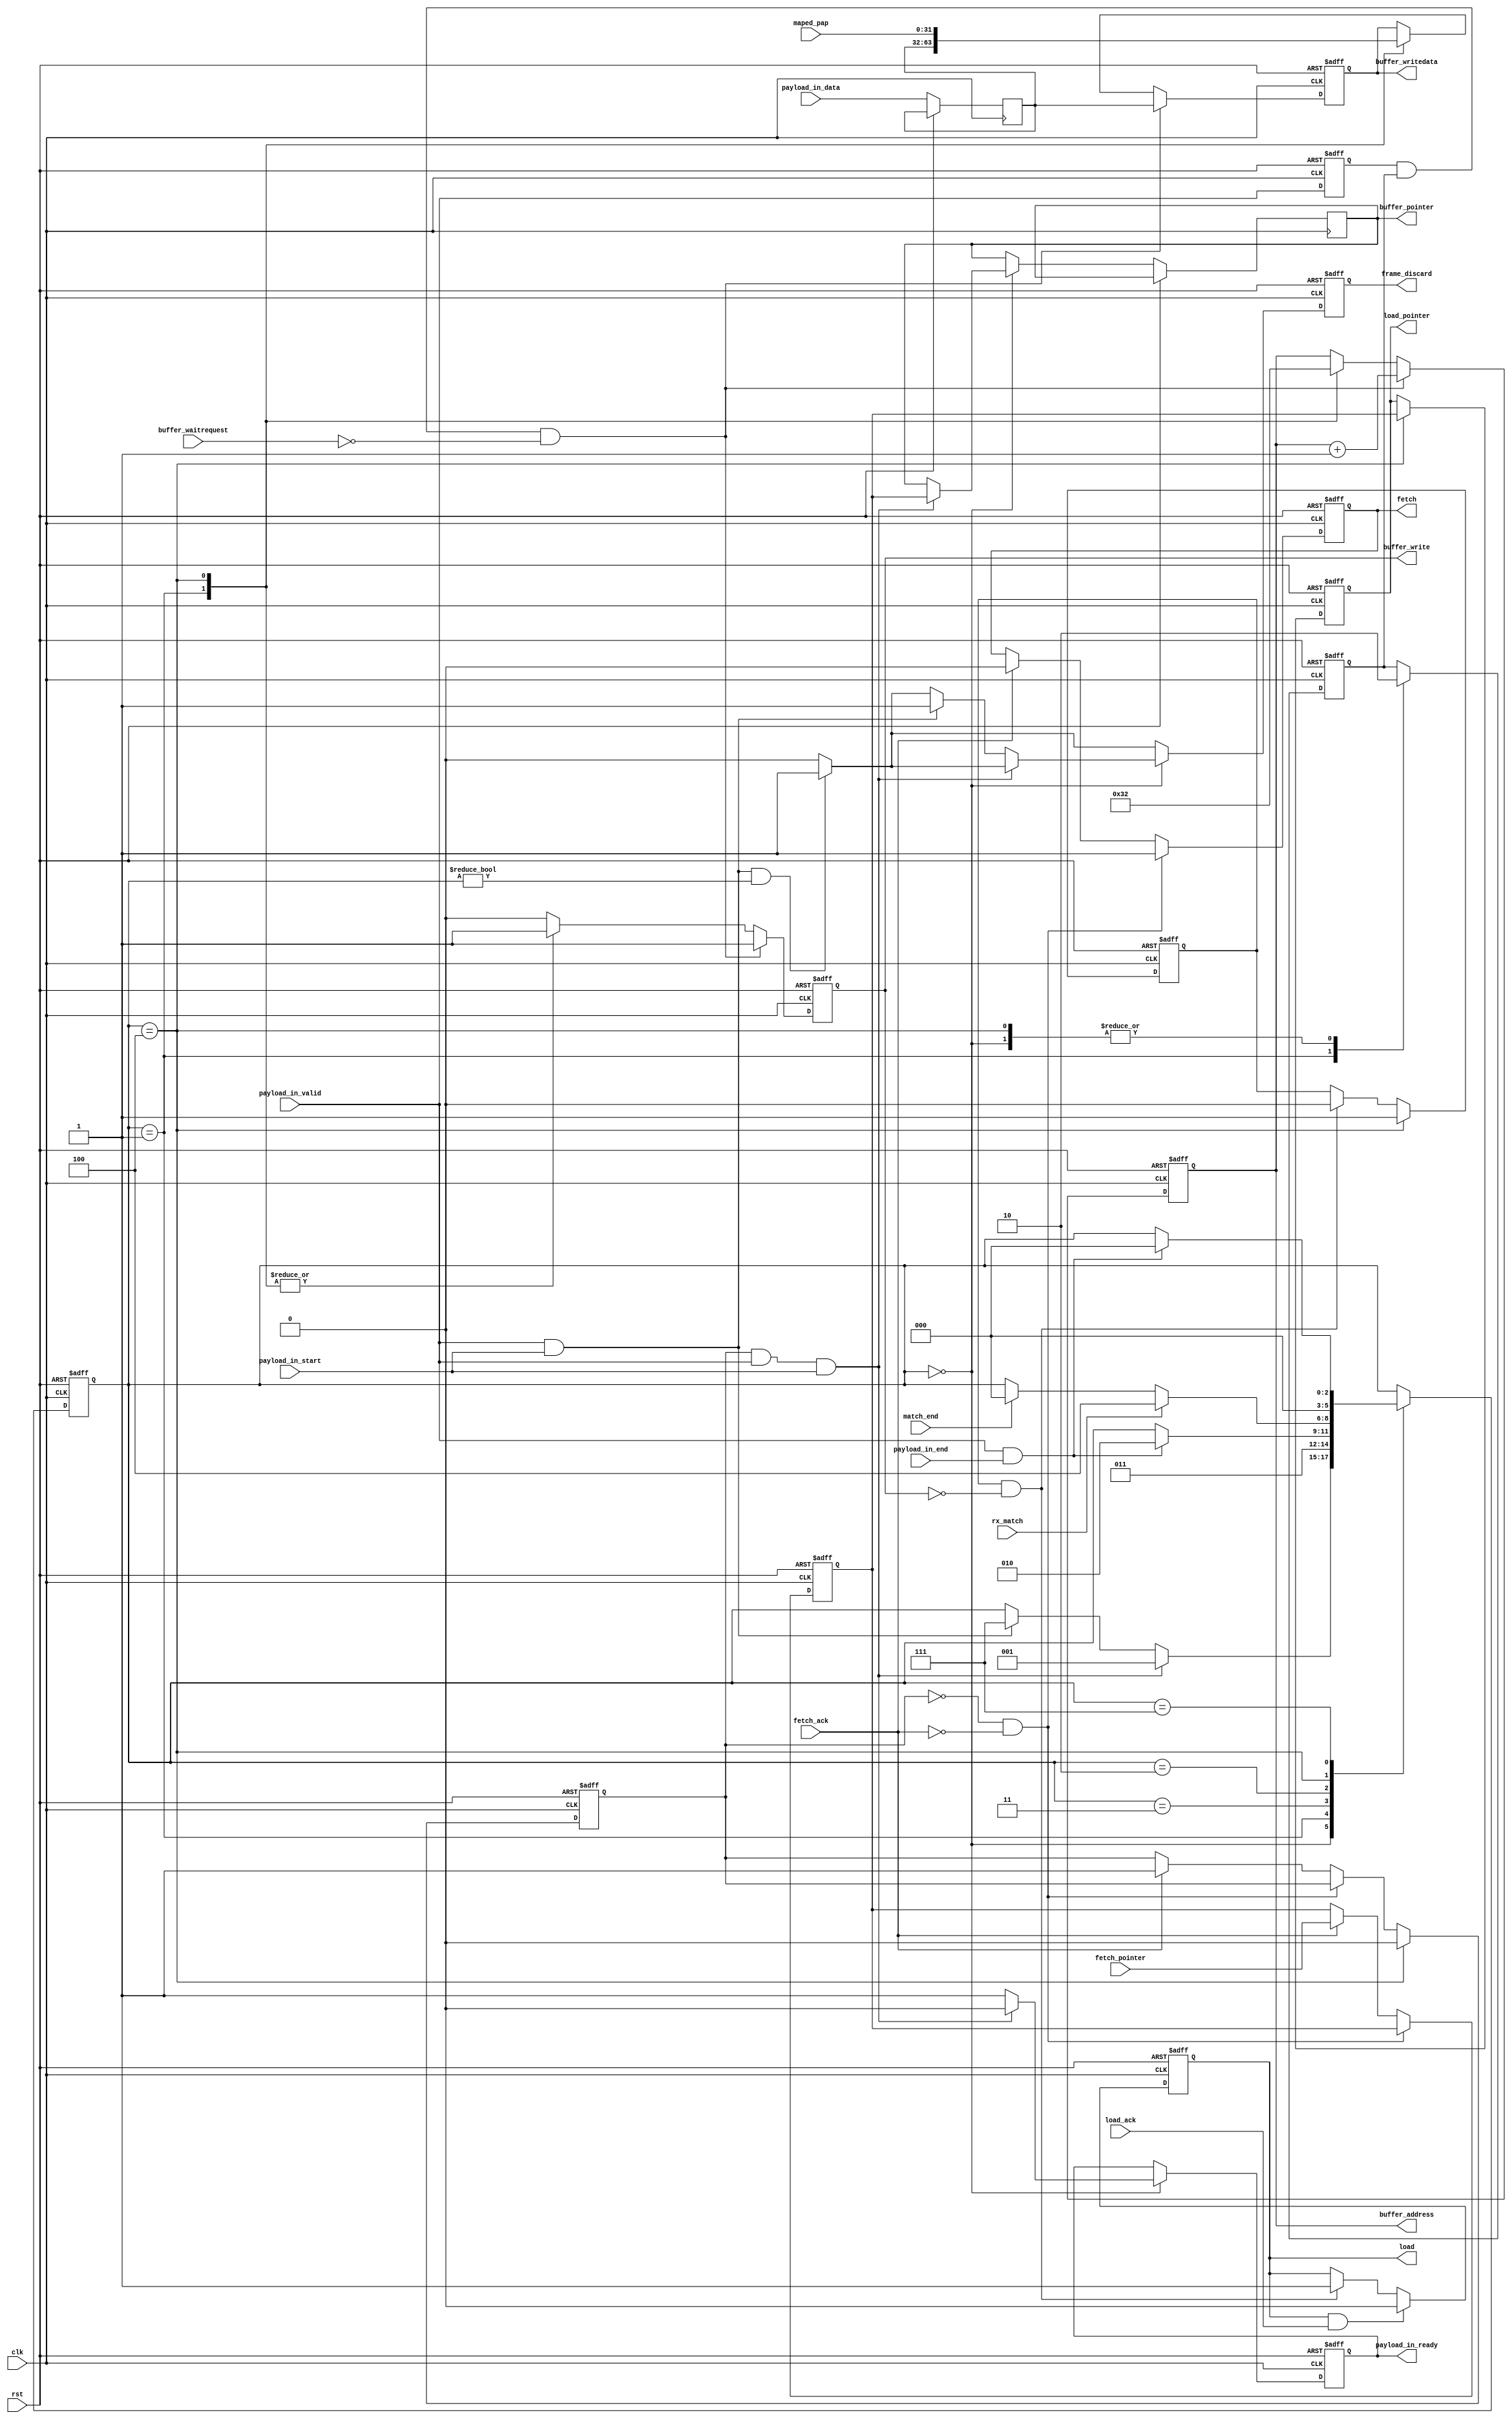
//--------------------------------------------------------------------------------------------------
// (c)2010 CTI Corporation. All rights reserved.

//--------------------------------------------------------------------------------------------------
//--------------------------------------------------------------------------------------------------
//--------------------------------------------------------------------------------------------------
//
// Control function for packet reception.
//
// 1. Fetch pointer to free location in frame buffer
// 2. Receive packet (8-bit) and write to frame buffer (32-bit)
// 3. Check match status at end of packet. If not matched, return to 2 (packet is discarded)
// 4. Write packet status (channel, length, timestamp etc) to frame buffer status words
// 5. Queue pointer to appropriate queue. Return to 1
//
// Packets received when no pointers are available are discarded (and counted).
//
// The match result must be valid before payload_in_end is seen. If rx_match is low when payload_in_end is asserted
// then the packet will be discarded.
//
//--------------------------------------------------------------------------------------------------
module udp_ts_rx_dma #(
  //parameter P_PORT_IDX_WIDTH          = 8,
  parameter P_POINTER_WIDTH             = 2,          // Width of pointer signal
  parameter P_BUFFER_ADDRESS_BITS       = 8,
 // parameter P_BIG_ENDIAN              = 0,          // Set to 1 for big endian host access to frame buffer
//  parameter P_RECORD_TIMESTAMP        = 1'b1,       // Assert to record timestamp for start of frame reception
  parameter P_BUFFER_PARAMETER_WORD     = 50        // Location in buffer of frame parameter data
  //parameter P_BUFFER_TIMESTAMP_WORD   = 62         // Location in buffer of frame control data
)(
  input                           clk,
  input                           rst,

  // Free pointer fetch
  output reg                      fetch,
  input      [P_POINTER_WIDTH-1:0] fetch_pointer,
  input                           fetch_ack,

  // Receive Transport stream 

   input                           payload_in_valid,
   input                           payload_in_start,
   input                           payload_in_end,
   input                 [31:0]    payload_in_data,

  
  // Interface to frame buffer (Avalon master)
  output reg [P_POINTER_WIDTH-1:0]       buffer_pointer,
  output reg [P_BUFFER_ADDRESS_BITS-1:0] buffer_address,
  output reg                             buffer_write,
  output reg               [31:0]        buffer_writedata,
  input                                  buffer_waitrequest,

  // Channel match status
  input                             rx_match,
  input [31:0]                      maped_pap,
  input                             match_end,


  // Receive queue load
  output reg                      load,
  output reg [P_POINTER_WIDTH-1:0] load_pointer,
  input                           load_ack,
  output reg                      frame_discard,
  //payload ready
  output reg                      payload_in_ready

);
//localparam P_WIDTH_LEFT = (8-P_PORT_IDX_WIDTH);


reg        load_pending;
reg        pointer_valid;
reg [P_POINTER_WIDTH-1:0] pointer;

reg        store_frame;
reg        payload_in_valid_d;
//reg        payload_in_end_d;
reg  [31:0]payload_in_data_d;
reg  [2:0] state;
//reg [10:0] rx_length;

localparam [2:0] S_IDLE               = 3'b000;
localparam [2:0] S_SET_BASE           = 3'b001;
localparam [2:0] S_WAIT_FOR_MATCH     = 3'b010;
localparam [2:0] S_WAIT_FOR_EOP       = 3'b011;
localparam [2:0] S_STORE_PARAMETERS   = 3'b100;
localparam [2:0] S_DISCARD            = 3'b111;

always @ (posedge clk or posedge rst)
begin
  if (rst) begin
    state               <= S_IDLE;
    fetch               <= 1'b0;
    buffer_address      <= 0;
    buffer_write        <= 1'b0;
    buffer_writedata    <= 32'b0;
    load          <= 1'b0;
    load_pending  <= 1'b0;
    load_pointer  <= 0;
    pointer_valid       <= 1'b0;
    pointer             <= 0;
    store_frame         <= 1'b0;
    payload_in_valid_d <= 1'b0;
//    payload_in_end_d <= 1'b0;
    frame_discard       <= 1'b0;
    payload_in_ready    <= 1'b1;
  end
  else begin

    frame_discard       <= 1'b0;
    buffer_write <= 1'b0;
//    payload_in_end_d  <= payload_in_end;
    payload_in_valid_d <=payload_in_valid;
    payload_in_data_d <= payload_in_data;
    // Fetch pointer to free buffer
    if (~pointer_valid & ~fetch_ack) begin
      fetch <= 1'b1;
    end
    else if (fetch_ack) begin
      fetch         <= 1'b0;
      pointer_valid <= 1'b1;
      pointer       <= fetch_pointer;
      if (pointer_valid)
        $display("Error - pointer fetched when one already stored!");
    end

    // Action queue load once final buffer write is complete
    if (load_pending & ~buffer_write) begin
      load <= 1'b1;
      load_pending <= 1'b0;
    end

    // Complete queue load when ack seen
    if (load & load_ack) begin
      load <= 1'b0;
    end


    // Catch case where START received but not in idle state - shouldn't happen
    if (payload_in_valid & payload_in_start & state!=S_IDLE)
      frame_discard <= 1'b1;

    // State machine to track frame reception & match
    case (state)
      S_IDLE        : begin
                       // byte_count = 0;
                        store_frame <= 1'b0;
                        payload_in_ready    <= 1'b1;
                        // Start of frame
                        if (pointer_valid & payload_in_valid & payload_in_start) begin
                          buffer_pointer <= pointer;
                          payload_in_ready    <= 1'b0;
                          state <= S_SET_BASE;
                        end
                        else if (payload_in_valid & payload_in_start) begin
                          $display("Frame received when no buffer available - discard");
                          frame_discard <= 1'b1;
                          state <= S_DISCARD;
                        end
                      end

      S_SET_BASE      : begin 
                           store_frame <= 1'b1;
                           buffer_write <= 1'b1;
                           buffer_writedata <= payload_in_data_d;
                           buffer_address <= 0;
									state <= S_WAIT_FOR_EOP;                     
                        end
								
     S_WAIT_FOR_EOP   : begin
                           if (payload_in_valid & payload_in_end) begin   //~valid is packet over
									     state <= S_WAIT_FOR_MATCH;  
                           end 
                        end
								
      S_WAIT_FOR_MATCH : begin
                           if (rx_match) begin
                             state <= S_STORE_PARAMETERS;
                           end
                           else if (match_end) begin
                             state <= S_IDLE;
                           end
                         end


    S_STORE_PARAMETERS   : begin
                             store_frame <= 1'b0;
                             buffer_address   <= P_BUFFER_PARAMETER_WORD;
                             buffer_writedata <= maped_pap;
                             buffer_write     <= 1'b1;
                             load_pointer <= pointer;
                             load_pending <= 1'b1;
                             pointer_valid <= 1'b0;
                             state <= S_IDLE;
                             if (load)
                                 $display("Error - attempt to load queue when previous load still pending");
                             if (payload_in_valid & payload_in_start)
                               $display("Error - frame received while still processing previous one!");
                           end

      S_DISCARD        : if (payload_in_valid & payload_in_end) begin
                           state <= S_IDLE;
                         end
      default:;
    endcase
    // Store frame to buffer
    if (payload_in_valid_d & store_frame & (~buffer_waitrequest)) begin
        buffer_write <= 1'b1;
        buffer_writedata <= payload_in_data_d;
        buffer_address <= buffer_address + 1;
    end
  end
end
endmodule